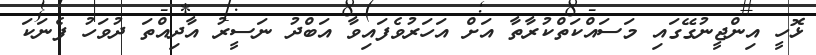
ޅޮހީ އިންޖީނުގޭގައި މަސައްކަތްކުރާތާ އަށް އަހަރުވެފައިވާ އަބްދު ނަސީރު އާދިއްތަ ދުވަހު ފެނަކަ